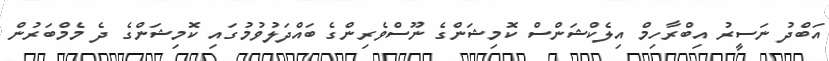
އަބްދު ނަސީރު އިބްރާހިމް އިލެކްޝަންސް ކޮމިޝަންގެ ނޫސްވެރިންގެ ބައްދަލުވުމުގައި ކޮމިޝަންގެ ދެ މެމްބަރުން